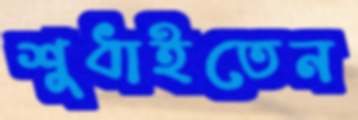
শুধাইতেন